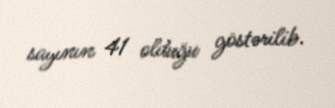
sayının 41 olduğu göstərilib.